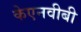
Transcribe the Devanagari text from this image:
केएनवीबी